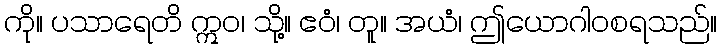
ကို။ ပသာရေတိ ဣဝ၊ သို့။ ဧဝံ၊ တူ။ အယံ၊ ဤယောဂါဝစရသည်။